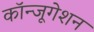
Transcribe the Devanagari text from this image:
कॉन्जूगेशन